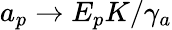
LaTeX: a_{p}\rightarrow E_{p}K/\gamma_{a}